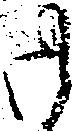
御